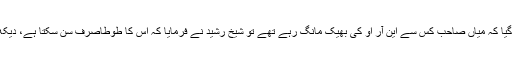
جب پوچھا گیا کہ میاں صاحب کس سے این آر او کی بھیک مانگ رہے تھے تو شیخ رشید نے فرمایا کہ اُس کا طوطاصرف سُن سکتا ہے، دیکھ نہیں سکتا۔